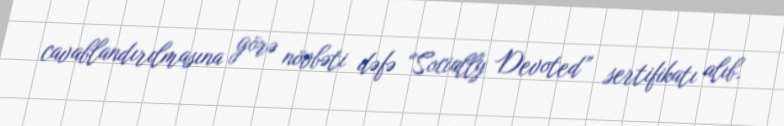
cavablandırılmasına görə növbəti dəfə “Socially Devoted” sertifikatı alıb.